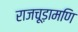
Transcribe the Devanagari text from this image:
राजचूड़ामणि